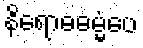
နိရောဓဓမ္မံပေ